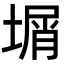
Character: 𡎮